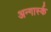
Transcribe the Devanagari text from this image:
अन्गार्स्क